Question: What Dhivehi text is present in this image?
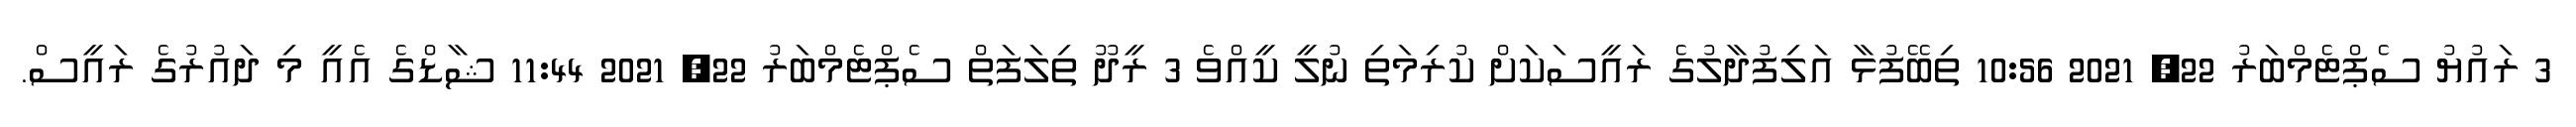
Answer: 3 ރައުޔު ސެޕްޓެމްބަރު 22, 2021 10:56 ތިބޭފުޅާ އަލިފުދާލުގެ ރައީސަކަށް ކުރިމަތި ނުލީ ކީއްވެ 3 ރީދޫ ތިލަފަތް ސެޕްޓެމްބަރު 22, 2021 11:44 ޝާޑްގެ އެއީ މި ދައުރުގެ ރައީސް.